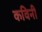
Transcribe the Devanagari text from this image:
कविनी